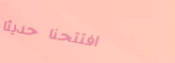
افتتحنا حديثاً